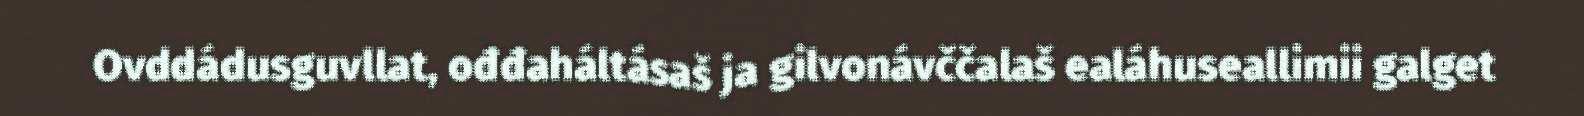
Ovddádusguvllat, ođđaháltásaš ja gilvonávččalaš ealáhuseallimii galget